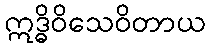
ဣဒ္ဓိဝိသေဝိတာယ